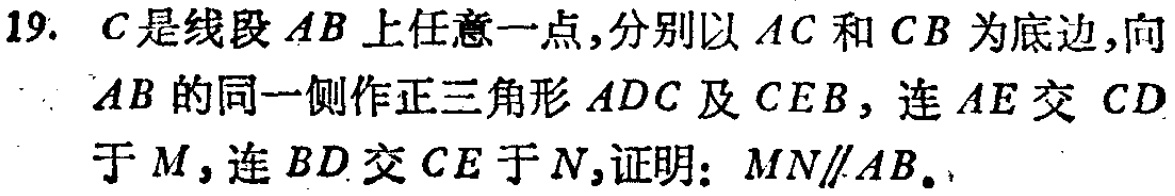
19. \(C\)是线段\(AB\)上任意一点，分别以\(AC\)和\(CB\)为底边，向\(AB\)的同一侧作正三角形\(ADC\)及\(CEB\)，连\(AE\)交\(CD\)于\(M\)，连\(BD\)交\(CE\)于\(N\)，证明：\(MN\parallel AB\)。